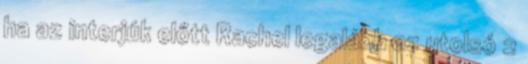
ha az interjúk előtt Rachel legalább az utolsó 2